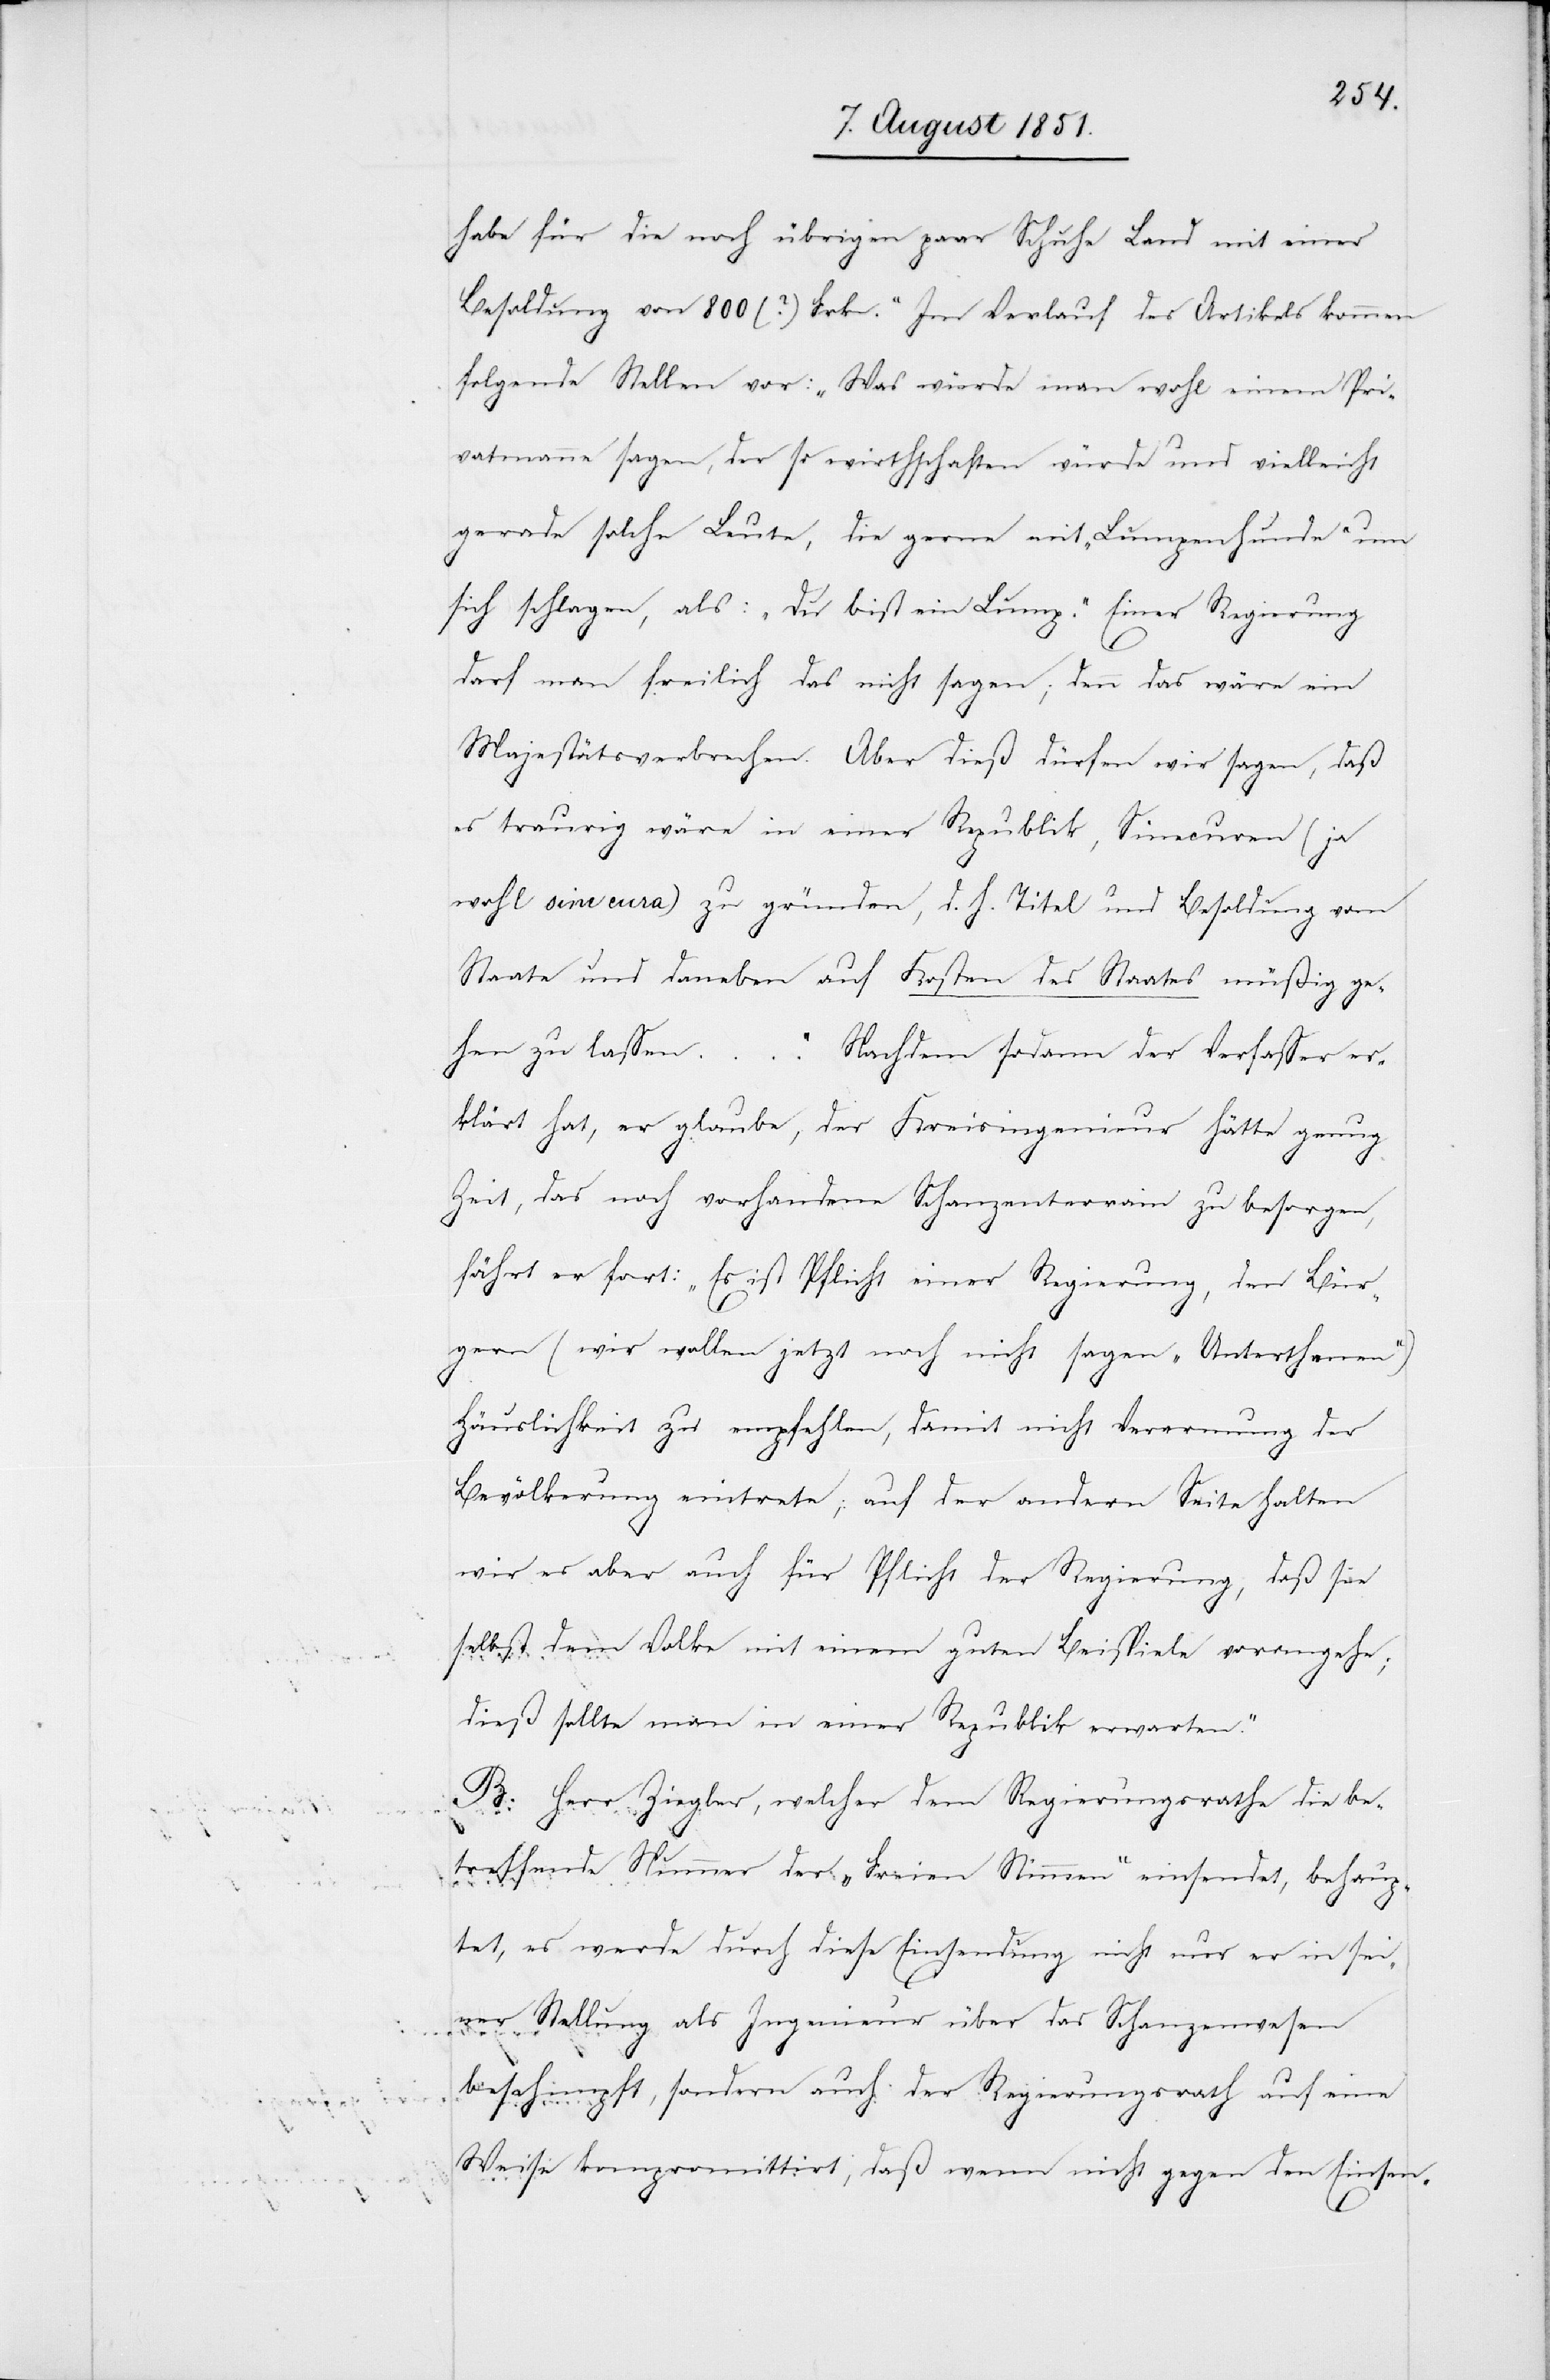
habe für die noch übrigen paar Schuhe Land mit einer
Besoldung von 800 (?) Frkn.“ Im Verlauf des Artikels kommen
folgende Stellen vor: „Was würde man wohl einem Pri¬
vatmanne sagen, der so wirthschaften würde und vielleicht
gerade solche Leute, die gerne mit ‚Lumpenhunde‘ um
sich schlagen, als: ‚Du bist ein Lump.‘ Einer Regierung
darf man freilich das nicht sagen; denn das wäre ein
Majestätsverbrechen. Aber dieß dürfen wir sagen, daß
es traurig wäre in einer Republik, Sinecuren (ja
wohl sine cura) zu gründen, d. h. Titel und Besoldung vom
Staate und daneben auf Kosten des Staates müßig ge¬
hen zu lassen ….“ Nachdem sodann der Verfasser er¬
klärt hat, er glaube, der Kreisingenieur hätte genug
Zeit, das noch vorhandene Schanzenterrain zu besorgen,
fährt er fort: „Es ist Pflicht einer Regierung, den Bür¬
gern (wir wollen jetzt noch nicht sagen ‚Unterthanen‘)
Häuslichkeit zu empfehlen, damit nicht Verermung der
Bevölkerung eintrete; auf der andern Seite halten
wir es aber auch für Pflicht der Regierung, daß sie
selbst dem Volke mit einem guten Beispiele vorangehe;
dieß sollte man in einer Republik erwarten.“
B. Herr Ziegler, welcher dem Regierungsrathe die be¬
treffende Nummer der „Freien Stimmen“ einsendet, behaup¬
tet, es werde durch diese Einsendung nicht nur er in sei¬
ner Stellung als Ingenieur über das Schanzenwesen
beschimpft, sondern auch der Regierungsrath auf eine
Weise kompromittirt, daß wenn nicht gegen den Einsen-